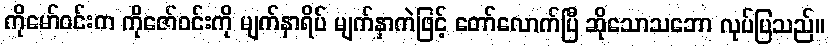
ကိုမော်ဝင်းက ကိုဇော်ဝင်းကို မျက်နှာရိပ် မျက်နှာကဲဖြင့် တော်လောက်ပြီ ဆိုသောသဘော လုပ်ပြသည်။